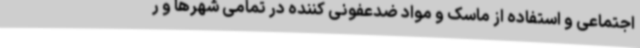
اجتماعی و استفاده از ماسک و مواد ضدعفونی کننده در تمامی شهرها و ر